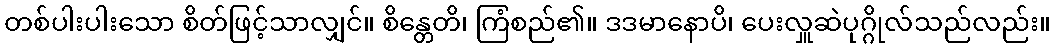
တစ်ပါးပါးသော စိတ်ဖြင့်သာလျှင်။ စိန္တေတိ၊ ကြံစည်၏။ ဒဒမာနောပိ၊ ပေးလှူဆဲပုဂ္ဂိုလ်သည်လည်း။